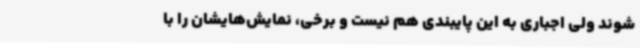
شوند ولی اجباری به این پایبندی هم نیست و برخی، نمایش‌هایشان را با